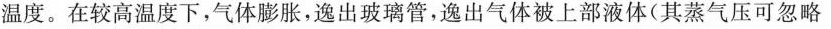
温度。在较高温度下，气体膨胀，逸出玻璃管，逸出气体被上部液体(其蒸气压可忽略